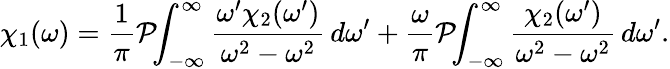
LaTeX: \chi_{1}(\omega)={\frac{1}{\pi}}{\mathcal{P}}\! \! \int_{-\infty}^{\infty}{\frac{\omega^{\prime}\chi_{2}(\omega^{\prime})}{\omega^{2}-\omega^{2}}}\, d\omega^{\prime}+{\frac{\omega}{\pi}}{\mathcal{P}}\! \! \int_{-\infty}^{\infty}{\frac{\chi_{2}(\omega^{\prime})}{\omega^{2}-\omega^{2}}}\, d\omega^{\prime}.